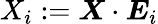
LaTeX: X_{i}:=\boldsymbol{X}\cdot\boldsymbol{E}_{i}